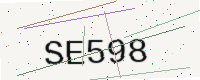
Text: SE598